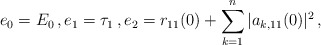
\begin{align*}e_0=E_0\, ,e_1=\tau_1\, ,e_2=r_{11}(0)+\sum_{k=1}^{n}|a_{k,11}(0)|^2\, ,\end{align*}